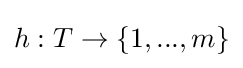
h:T\to \{1,...,m\}